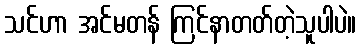
သင်ဟာ အင်မတန် ကြင်နာတတ်တဲ့သူပါပဲ။